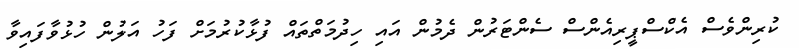
ކުރިންވެސް އެކްސްޕީރިއެންސް ސެންޓަރުން ދެމުން އައި ހިދުމަތްތައް ފުޅާކުރުމަށް ފަހު އަލުން ހުޅުވާފައިވާ